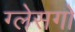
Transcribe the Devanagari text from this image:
ग्लेसगो